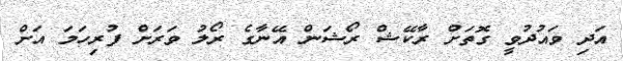
އަދި ވައުދުވީ ގޮތަށް ރާކޭޝް ރޯޝަން އޭނާގެ ރޯލު ވަރަށް ފުރިހަމަ އަށް